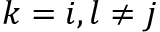
k = i , l \neq j